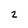
Character: 2